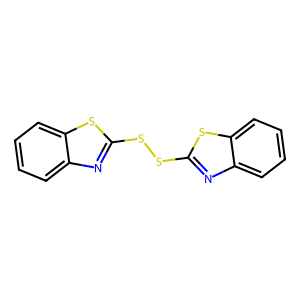
SMILES: c1ccc2sc(SSc3nc4ccccc4s3)nc2c1
Inhibits HIV replication: No